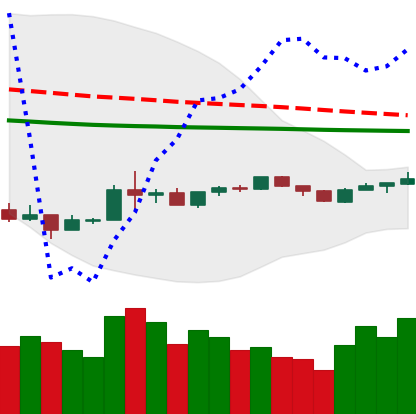
Ticker: BNB-USD
Chart end date: 2020-04-02
Forward return: 12.359%
Label: up_7plus